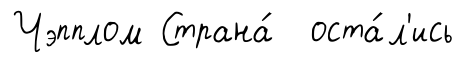
Чэпплом Страна́ оста́л'ись